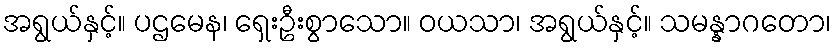
အရွယ်နှင့်။ ပဌမေန၊ ရှေးဦးစွာသော။ ဝယသာ၊ အရွယ်နှင့်။ သမန္နာဂတော၊